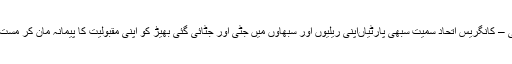
ایس پی – کانگریس اتحاد سمیت سبھی پارٹیاںاپنی ریلیوں اور سبھاؤں میں جٹی اور جٹائی گئی بھیڑ کو اپنی مقبولیت کا پیمانہ مان کر مست رہیں۔